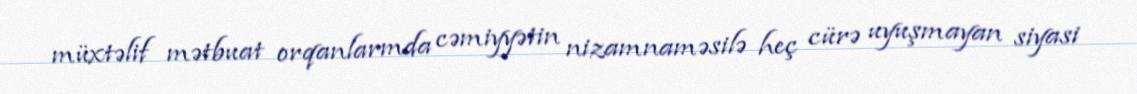
müxtəlif mətbuat orqanlarmda cəmiyyətin nizamnaməsilə heç cürə uyuşmayan siyasi